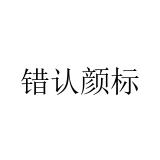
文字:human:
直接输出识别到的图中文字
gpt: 错认颜标